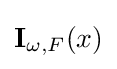
\mathbf {I} _{\omega ,F}(x)